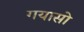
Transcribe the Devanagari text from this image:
गयासो